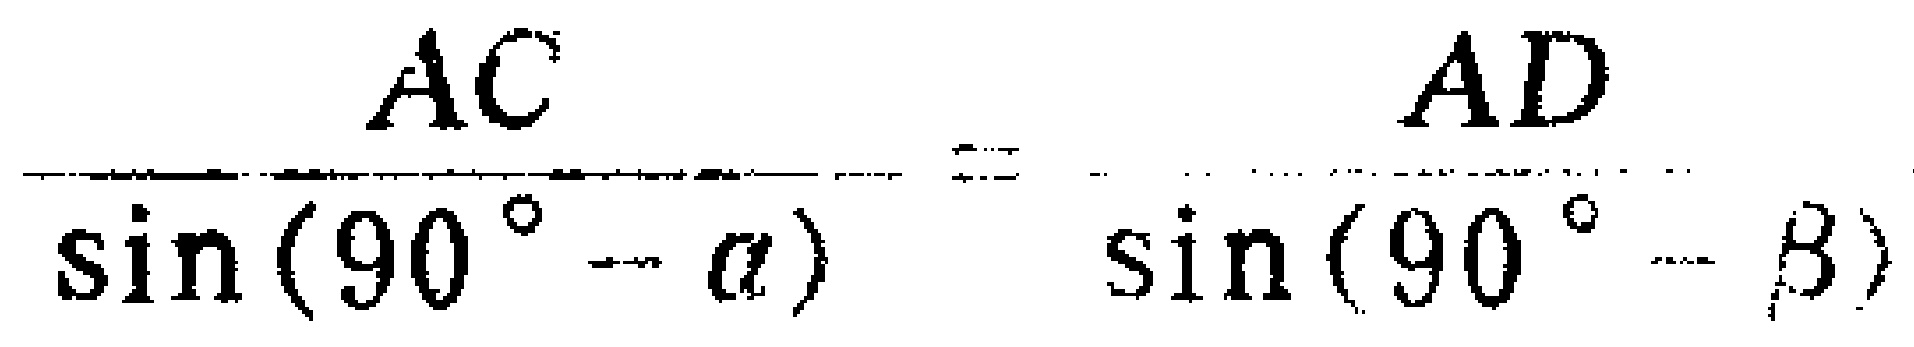
\(\frac{AC}{\sin(90^{\circ}-\alpha)}=\frac{AD}{\sin(90^{\circ}-\beta)}\)